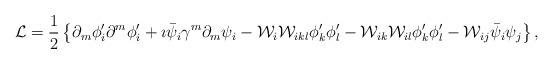
LaTeX: \begin{align*}{\cal L} = \frac{1}{2} \left\{ \partial_m \phi_i'\partial^m \phi_i'+ \imath \bar{\psi}_i \gamma^{m} \partial_m \psi_i - {\cal W}_i {\cal W}_{ikl} \phi_k' \phi_l' - {\cal W}_{ik} {\cal W}_{il} \phi_k' \phi_l'- {\cal W}_{ij} \bar{\psi}_i \psi_j \right\},\end{align*}